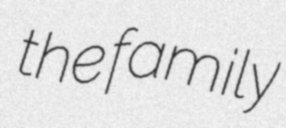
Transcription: the family